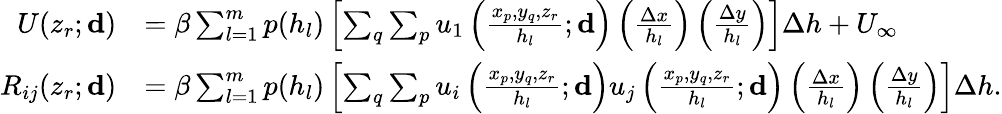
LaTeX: \begin{array}{rl}{U(z_{r};\mathbf{d})}&{=\beta\sum_{l=1}^{m}p(h_{l})\left[\sum_{q}\sum_{p}u_{1}\left(\frac{{x_{p},y_{q},z_{r}}}{h_{l}};\mathbf{d}\right)\left(\frac{\Delta x}{h_{l}}\right)\left(\frac{\Delta y}{h_{l}}\right)\right]\Delta h+U_{\infty}}\\ {R_{ij}(z_{r};\mathbf{d})}&{=\beta\sum_{l=1}^{m}p(h_{l})\left[\sum_{q}\sum_{p}u_{i}\left(\frac{{x_{p},y_{q},z_{r}}}{h_{l}};\mathbf{d}\right)u_{j}\left(\frac{{x_{p},y_{q},z_{r}}}{h_{l}};\mathbf{d}\right)\left(\frac{\Delta x}{h_{l}}\right)\left(\frac{\Delta y}{h_{l}}\right)\right]\Delta h.}\end{array}